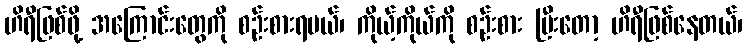
ဟိရီဖြစ်ဖို့ အကြောင်းတွေကို စဉ်းစားရမယ်၊ ကိုယ့်ကိုယ်ကို စဉ်းစား ပြီးတော့ ဟိရီဖြစ်နေတယ်၊